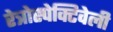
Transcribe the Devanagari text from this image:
रेत्रोस्पेक्टिवेली